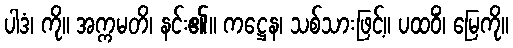
ပါဒံ၊ ကို။ အက္ကမတိ၊ နင်း၏။ ကဋ္ဌေန၊ သစ်သားဖြင့်။ ပထဝိံ၊ မြေကို။